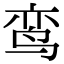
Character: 鸾